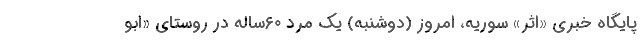
پایگاه خبری «اثر» سوریه، امروز (دوشنبه) یک مرد ۶۰ساله در روستای «ابو